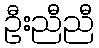
ဦးညီညီ